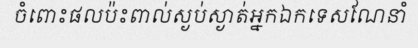
ចំពោះផលប៉ះពាល់ស្ងប់ស្ងាត់អ្នកឯកទេសណែនាំ